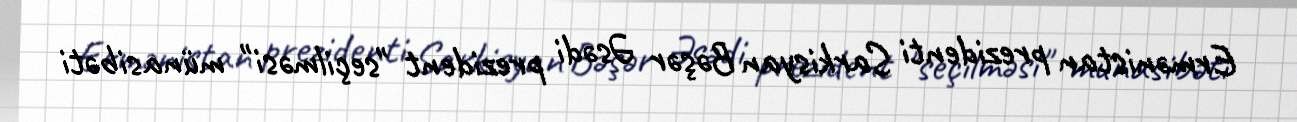
Ermənistan prezidenti Sarkisyan Bəşər Əsədi prezident "seçilməsi" münasibəti